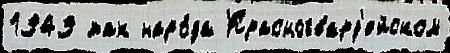
1949 так наро́да Красногвард'ейском